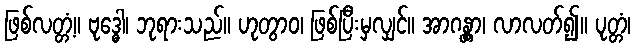
ဖြစ်လတ္တံ့။ ဗုဒ္ဓေါ၊ ဘုရားသည်။ ဟုတွာဝ၊ ဖြစ်ပြီးမှလျှင်။ အာဂန္တွာ၊ လာလတ်၍။ ပုတ္တံ၊